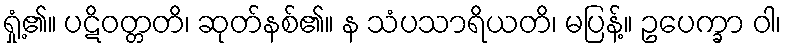
ရှုံ့၏။ ပဋိဝတ္တတိ၊ ဆုတ်နစ်၏။ န သံပသာရိယတိ၊ မပြန့်။ ဥပေက္ခာ ဝါ၊